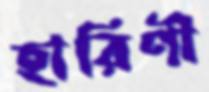
হারিণী